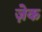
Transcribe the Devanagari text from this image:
ज़ेक